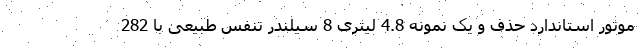
موتور استاندارد حذف و یک نمونه 4.8 لیتری 8 سیلندر تنفس طبیعی با 282